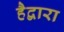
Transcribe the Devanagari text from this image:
हैद्वारा